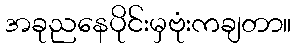
အခုညနေပိုင်းမှဗုံးကချတာ။